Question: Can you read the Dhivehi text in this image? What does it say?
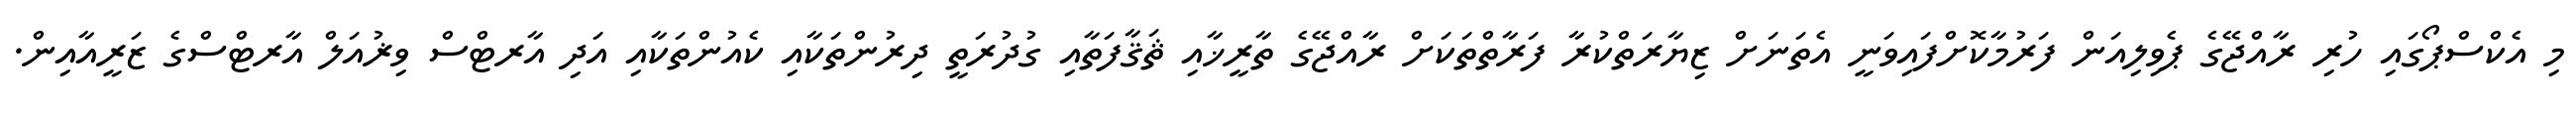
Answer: މި އެކްސްޕޯގައި ހުރި ރާއްޖޭގެ ޕެވިލިއަން ފަރުމާކޮށްފައިވަނީ އެތަނަށް ޒިޔާރަތްކުރާ ފަރާތްތަކަށް ރާއްޖޭގެ ތާރީޚާއި ޘަޤާފަތާއި ގުދުރަތީ ދިރުންތަކާއި ކެއުންތަކާއި އަދި އާރޓްސް ވިޜުއަލް އާރޓްސްގެ ޒަރީއާއިން.